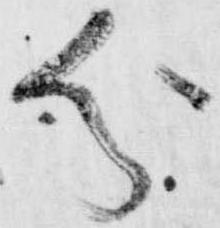
分